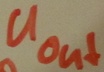
Text: UOut